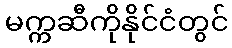
မက္ကဆီကိုနိုင်ငံတွင်